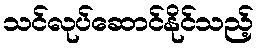
သင်လုပ်ဆောင်နိုင်သည့်